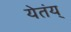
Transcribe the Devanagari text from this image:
येतंय्